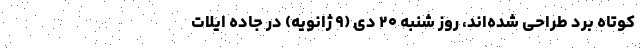
کوتاه برد طراحی شده‌اند، روز شنبه ۲۰ دی (۹ ژانویه) در جاده ایلات